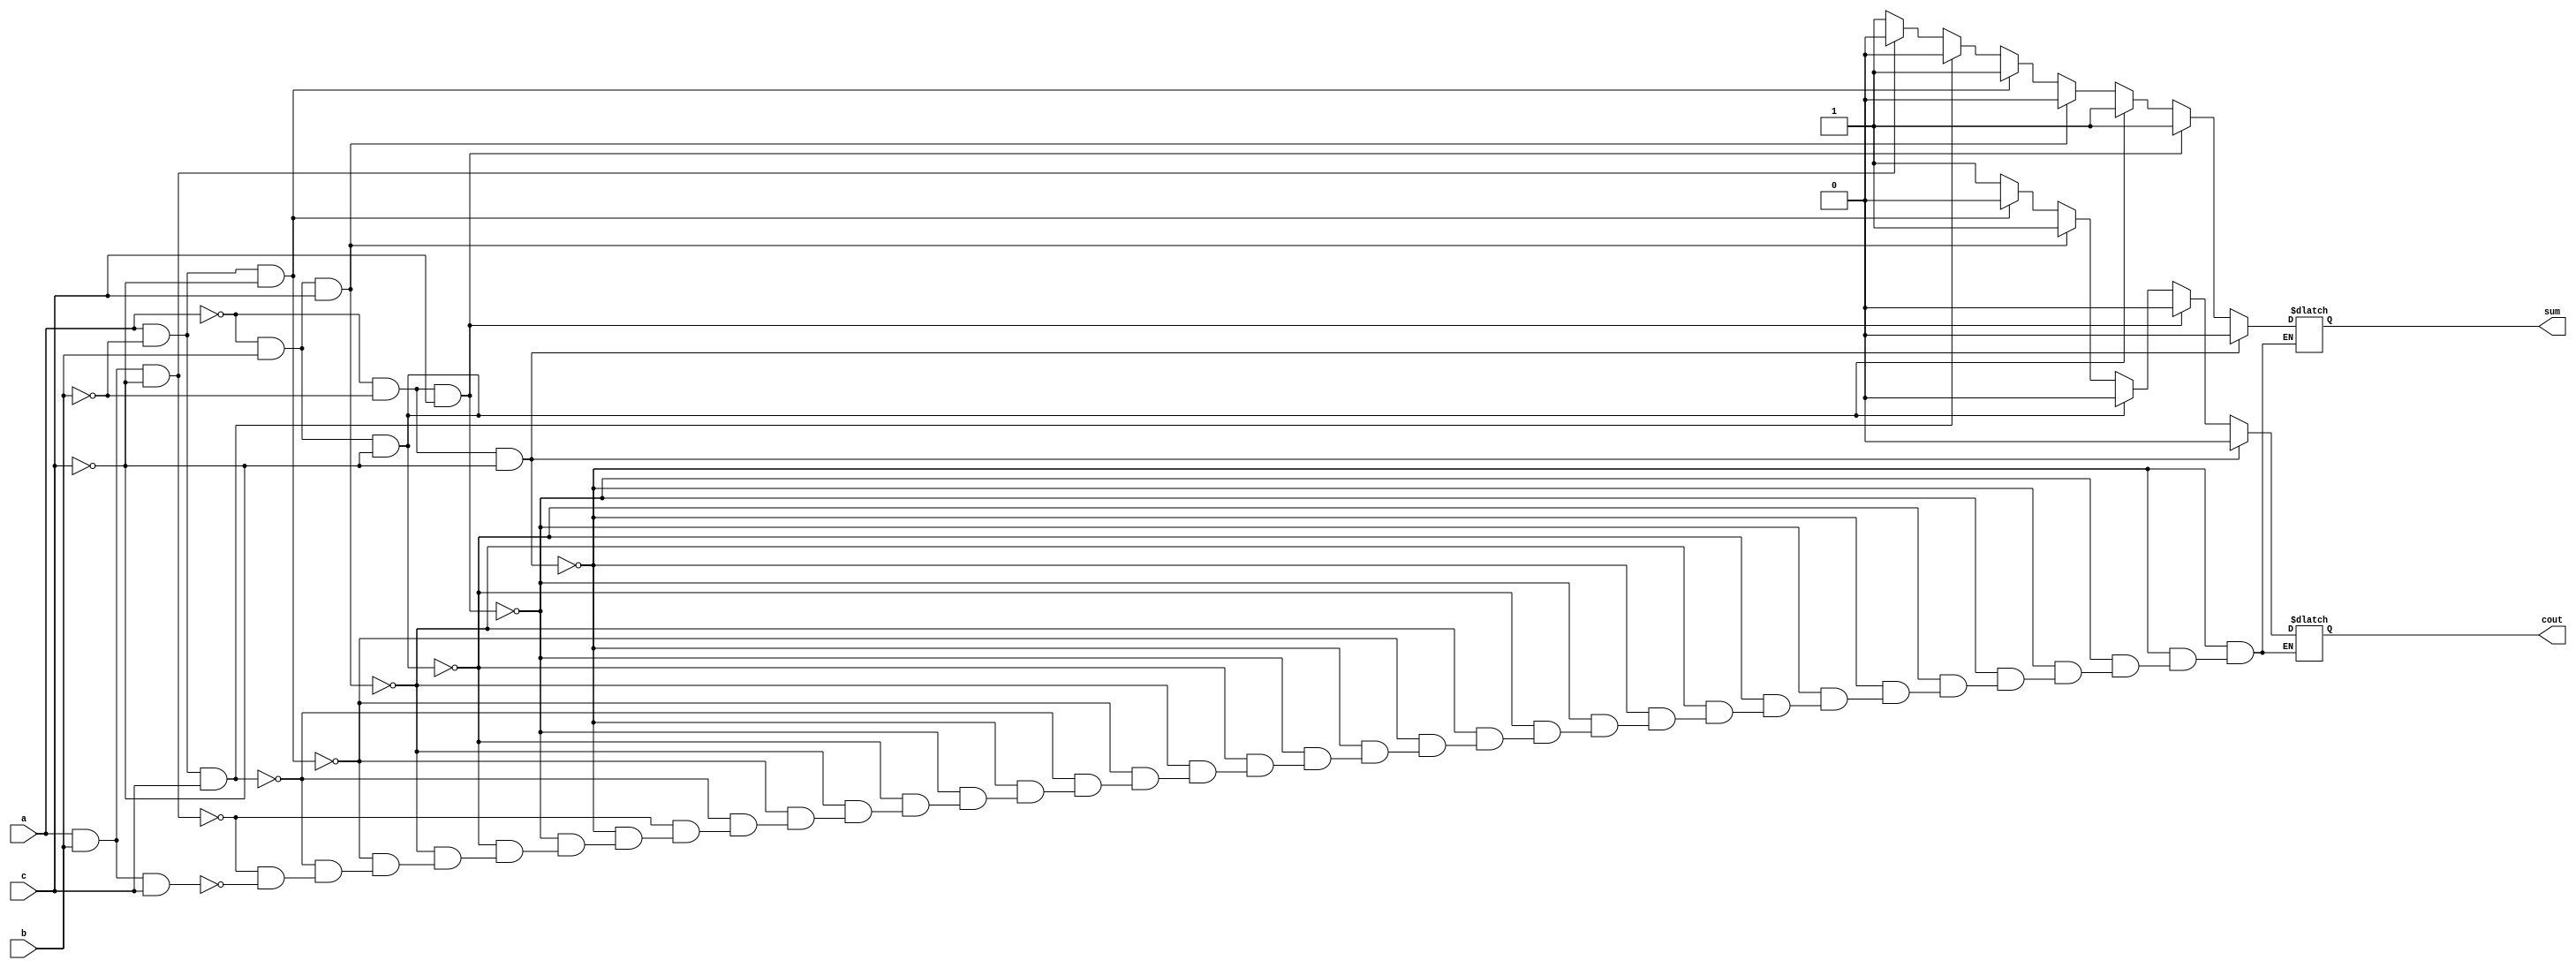
module full_adder(a,b,c,sum,cout);
  input a,b,c;
  output sum, cout;
  reg sum, cout;
  always @(a or b or c)
  begin
    if (a==0 && b==0 && c==0)
      begin
        sum = 1'b0;
        cout = 1'b0;
      end
    
    else if (a==0 && b==0 && c==1)
      begin
        sum = 1'b1;
        cout = 1'b0;
      end
      
    else if (a==0 && b==1 && c==0)
      begin
        sum = 1'b1;
        cout = 1'b0;
      end
      
    else if (a==0 && b==1 && c==1)
      begin
        sum = 1'b0;
        cout = 1'b1;
      end
      
    else if (a==1 && b==0 && c==0)
      begin
        sum = 1'b1;
        cout = 1'b0;
      end
      
    else if (a==1 && b==0 && c==1)
      begin
        sum = 1'b0;
        cout = 1'b1;
      end
      
    else if (a==1 && b==1 && c==0)
      begin
        sum = 1'b0;
        cout = 1'b1;
      end
      
    else if (a==1 && b==1 && c==1)
      begin
        sum = 1'b1;
        cout = 1'b1;
      end
  end
endmodule